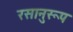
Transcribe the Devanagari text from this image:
रसानुरूप